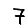
Digit: 7